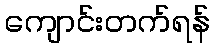
ကျောင်းတက်ရန်